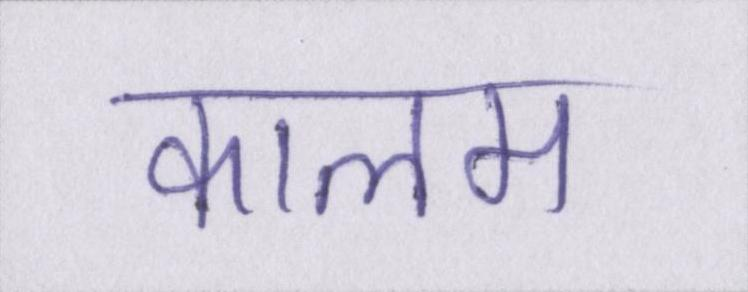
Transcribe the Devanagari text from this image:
कालम